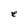
Character: e